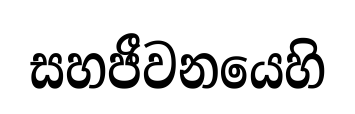
සහජීවනයෙහි